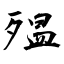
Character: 殟